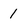
Character: 1